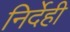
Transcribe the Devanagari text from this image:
निर्देही